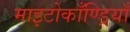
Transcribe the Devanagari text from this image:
माइटोकाँण्ड्रियाँ